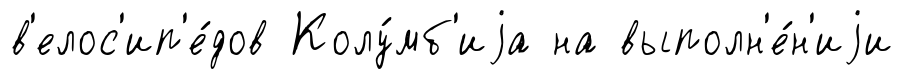
в'елос'ип'е́дов Колу́мб'иjа на выполн'е́н'иjи